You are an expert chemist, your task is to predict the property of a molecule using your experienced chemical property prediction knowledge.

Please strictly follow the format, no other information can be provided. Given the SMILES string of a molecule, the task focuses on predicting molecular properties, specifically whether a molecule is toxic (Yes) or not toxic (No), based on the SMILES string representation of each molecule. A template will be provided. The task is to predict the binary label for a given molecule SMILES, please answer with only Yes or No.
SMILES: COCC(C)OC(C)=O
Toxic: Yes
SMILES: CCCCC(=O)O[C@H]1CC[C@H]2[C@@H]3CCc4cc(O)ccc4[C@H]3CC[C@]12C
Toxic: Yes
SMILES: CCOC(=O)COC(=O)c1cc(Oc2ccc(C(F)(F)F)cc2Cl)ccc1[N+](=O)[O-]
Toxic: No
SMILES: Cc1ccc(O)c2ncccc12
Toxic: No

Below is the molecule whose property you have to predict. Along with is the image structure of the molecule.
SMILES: Oc1c(Cl)cc(Cl)cc1Cl
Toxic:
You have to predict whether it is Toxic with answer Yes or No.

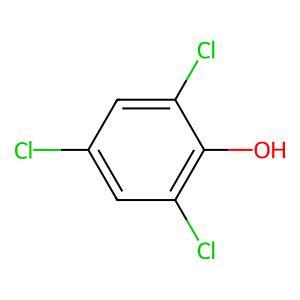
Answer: No